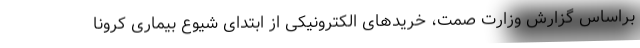
براساس گزارش وزارت صمت، خریدهای الکترونیکی از ابتدای شیوع بیماری کرونا